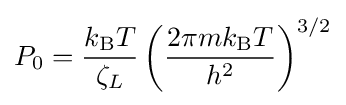
P_{0}={\frac {k_{\text{B}}T}{\zeta _{L}}}\left({\frac {2\pi mk_{\text{B}}T}{h^{2}}}\right)^{3/2}